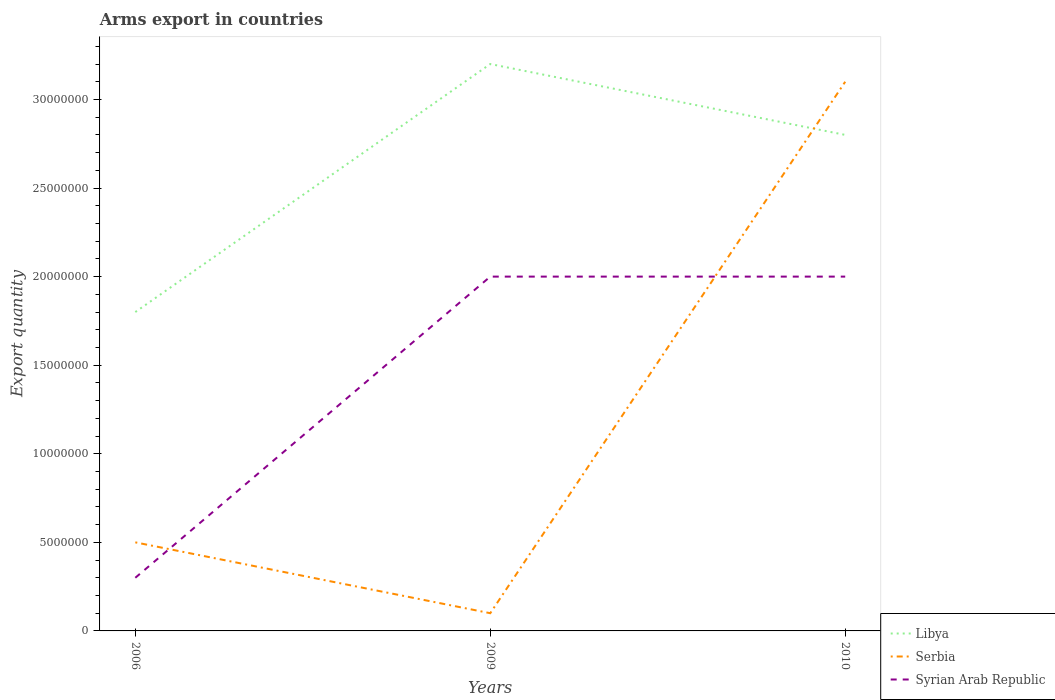
| Years | Libya | Serbia | Syrian Arab Republic |
 | --- | --- | --- | --- |
 | 2006 | 1.8e+07 | 5e+06 | 3e+06 |
 | 2009 | 3.2e+07 | 1e+06 | 2e+07 |
 | 2010 | 2.8e+07 | 3.1e+07 | 2e+07 |